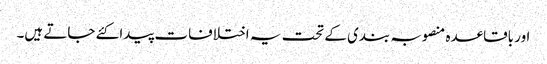
اور باقاعدہ منصوبہ بندی کے تحت یہ اختلافات پیدا کئے جاتے ہیں۔